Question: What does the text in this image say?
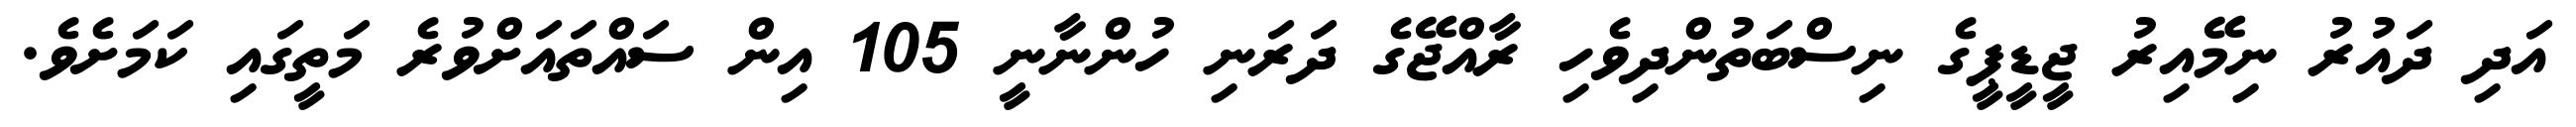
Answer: އަދި ދައުރު ނިމޭއިރު ޖީޑީޕީގެ ނިސްބަތުންދިވެހި ރާއްޖޭގެ ދަރަނި ހުންނާނީ 105 އިން ސައްތައަށްވުރެ މަތީގައި ކަމަށެވެ.